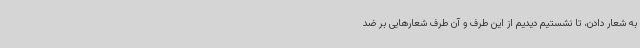
به شعار دادن، تا نشستیم دیدیم از این طرف و آن طرف شعارهایی بر ضد